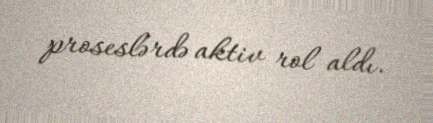
proseslərdə aktiv rol aldı.